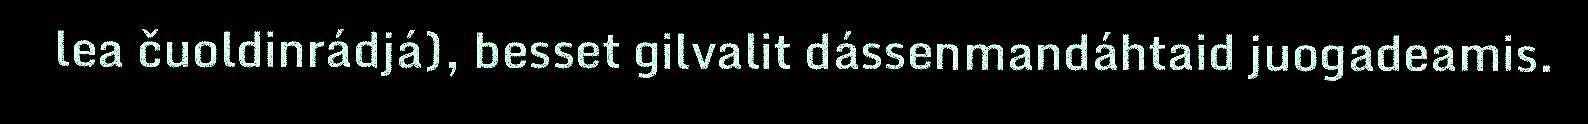
lea čuoldinrádjá), besset gilvalit dássenmandáhtaid juogadeamis.